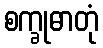
စက္ခုဓာတုံ